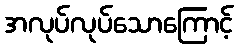
အလုပ်လုပ်သောကြောင့်